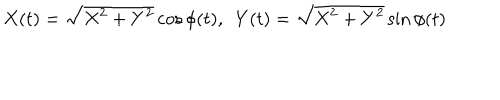
LaTeX: X ( t ) = \sqrt { X ^ { 2 } + Y ^ { 2 } } \cos \phi ( t ) , \ \ Y ( t ) = \sqrt { X ^ { 2 } + Y ^ { 2 } } \sin \phi ( t )